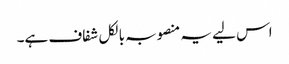
اس لیے یہ منصوبہ بالکل شفاف ہے۔